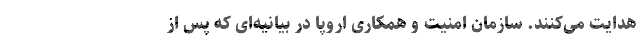
هدایت می‌کنند. سازمان امنیت و همکاری اروپا در بیانیه‌ای که پس از